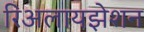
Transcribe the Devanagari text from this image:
रिअलायझेशन